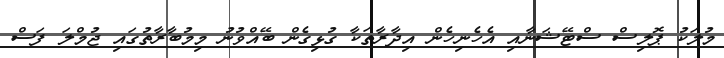
މުލަކު ޕޮލިސް ސްޓޭޝަނާއި އެހެނިހެން އިދާރާތަކާ ގުޅިގެން ބޭއްވުނު މިމުބާރާތުގައި ޖުމްލަ ފަސް